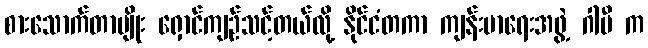
စားသောက်တာမျိုး ရှောင်ကျဉ်သင့်တယ်လို့ နိုင်ငံတကာ ကျန်းမာရေးအဖွဲ့ ဂါဗီ က